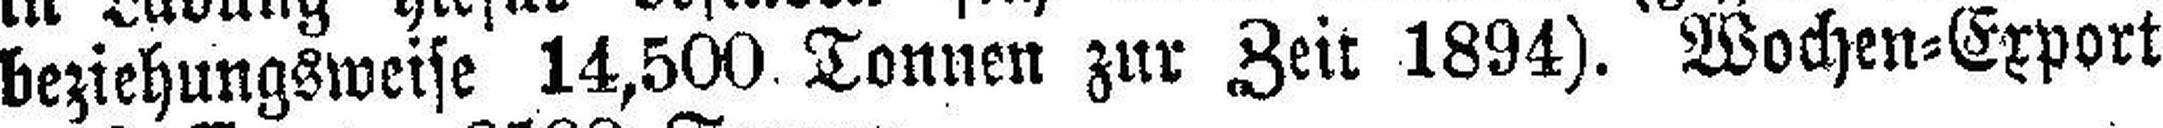
beziehungsweise 14,500 Tonnen zur Zeit 1894). Wochen=Export